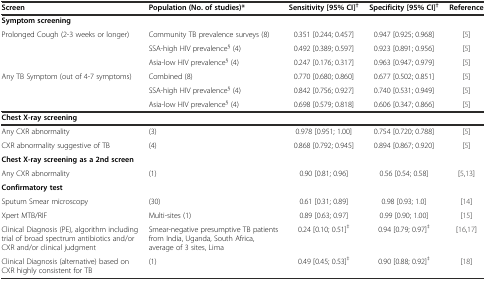
<table><thead><tr><td><b>Screen</b></td><td><b>Population (No. of studies)*</b></td><td><b>Sensitivity [95% CI]<sup>†</sup></b></td><td><b>Specificity [95% CI]<sup>†</sup></b></td><td><b>Reference</b></td></tr></thead><tbody><tr><td><b>Symptom screening</b></td><td></td><td></td><td></td><td></td></tr><tr><td rowspan="3">Prolonged Cough (2-3 weeks or longer)</td><td>Community TB prevalence surveys (8)</td><td>0.351 [0.244; 0.457]</td><td>0.947 [0.925; 0.968]</td><td>[5]</td></tr><tr><td>SSA-high HIV prevalence<sup>§</sup> (4)</td><td>0.492 [0.389; 0.597]</td><td>0.923 [0.891; 0.956]</td><td>[5]</td></tr><tr><td>Asia-low HIV prevalence<sup>§</sup> (4)</td><td>0.247 [0.176; 0.317]</td><td>0.963 [0.947; 0.979]</td><td>[5]</td></tr><tr><td rowspan="3">Any TB Symptom (out of 4-7 symptoms)</td><td>Combined (8)</td><td>0.770 [0.680; 0.860]</td><td>0.677 [0.502; 0.851]</td><td>[5]</td></tr><tr><td>SSA-high HIV prevalence<sup>§</sup> (4)</td><td>0.842 [0.756; 0.927]</td><td>0.740 [0.531; 0.949]</td><td>[5]</td></tr><tr><td>Asia-low HIV prevalence<sup>§</sup> (4)</td><td>0.698 [0.579; 0.818]</td><td>0.606 [0.347; 0.866]</td><td>[5]</td></tr><tr><td><b>Chest X-ray screening</b></td><td></td><td></td><td></td><td></td></tr><tr><td>Any CXR abnormality</td><td>(3)</td><td>0.978 [0.951; 1.00]</td><td>0.754 [0.720; 0.788]</td><td>[5]</td></tr><tr><td>CXR abnormality suggestive of TB</td><td>(4)</td><td>0.868 [0.792; 0.945]</td><td>0.894 [0.867; 0.920]</td><td>[5]</td></tr><tr><td colspan="2"><b>Chest X-ray screening as a 2nd screen</b></td><td></td><td></td><td></td></tr><tr><td>Any CXR abnormality</td><td>(1)</td><td>0.90 [0.81; 0.96]</td><td>0.56 [0.54; 0.58]</td><td>[5, 13]</td></tr><tr><td><b>Confirmatory test</b></td><td></td><td></td><td></td><td></td></tr><tr><td>Sputum Smear microscopy</td><td>(30)</td><td>0.61 [0.31; 0.89]</td><td>0.98 [0.93; 1.0]</td><td>[14]</td></tr><tr><td>Xpert MTB/RIF</td><td>Multi-sites (1)</td><td>0.89 [0.63; 0.97]</td><td>0.99 [0.90; 1.00]</td><td>[15]</td></tr><tr><td>Clinical Diagnosis (PE), algorithm including trial of broad spectrum antibiotics and/or CXR and/or clinical judgment</td><td>Smear-negative presumptive TB patients from India, Uganda, South Africa, average of 3 sites, Lima</td><td>0.24 [0.10; 0.51]<sup>‡</sup></td><td>0.94 [0.79; 0.97]<sup>‡</sup></td><td>[16, 17]</td></tr><tr><td>Clinical Diagnosis (alternative) based on CXR highly consistent for TB</td><td>(1)</td><td>0.49 [0.45; 0.53]<sup>‡</sup></td><td>0.90 [0.88; 0.92]<sup>‡</sup></td><td>[18]</td></tr></tbody></table>